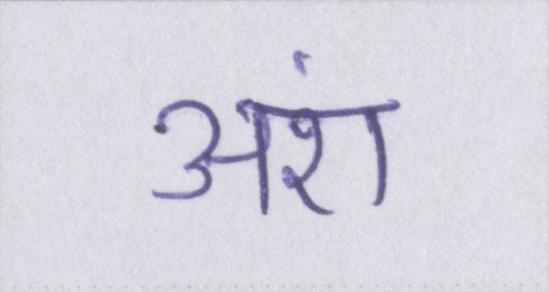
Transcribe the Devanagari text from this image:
अंश